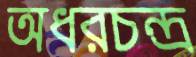
অধরচন্দ্র